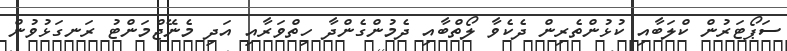
ސަޕޯޓަރުން ކްލަބާއި ކުޅުންތެރިން ދެކެވާ ލޯތްބާއި ދެމުންގެންދާ ހިތްވަރާއި އަދި މެނޭޖްމަންޓު ރަނގަޅުވުން